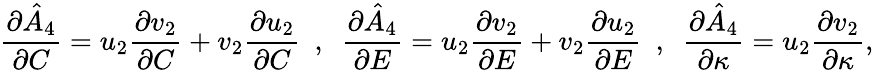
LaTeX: \frac{\partial\hat{A}_{4}}{\partial C}=u_{2}\frac{\partial v_{2}}{\partial C}+v_{2}\frac{\partial u_{2}}{\partial C}~~,~~\frac{\partial\hat{A}_{4}}{\partial E}=u_{2}\frac{\partial v_{2}}{\partial E}+v_{2}\frac{\partial u_{2}}{\partial E}~~,~~\frac{\partial\hat{A}_{4}}{\partial\kappa}=u_{2}\frac{\partial v_{2}}{\partial\kappa},